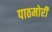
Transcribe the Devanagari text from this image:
पाठमोरी